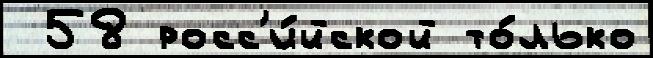
 58 росс'и́йской то́лько